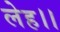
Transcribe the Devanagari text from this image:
लेह।।